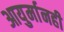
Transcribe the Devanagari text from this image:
आयुर्मानही